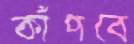
কাঁপবে